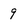
Character: 9